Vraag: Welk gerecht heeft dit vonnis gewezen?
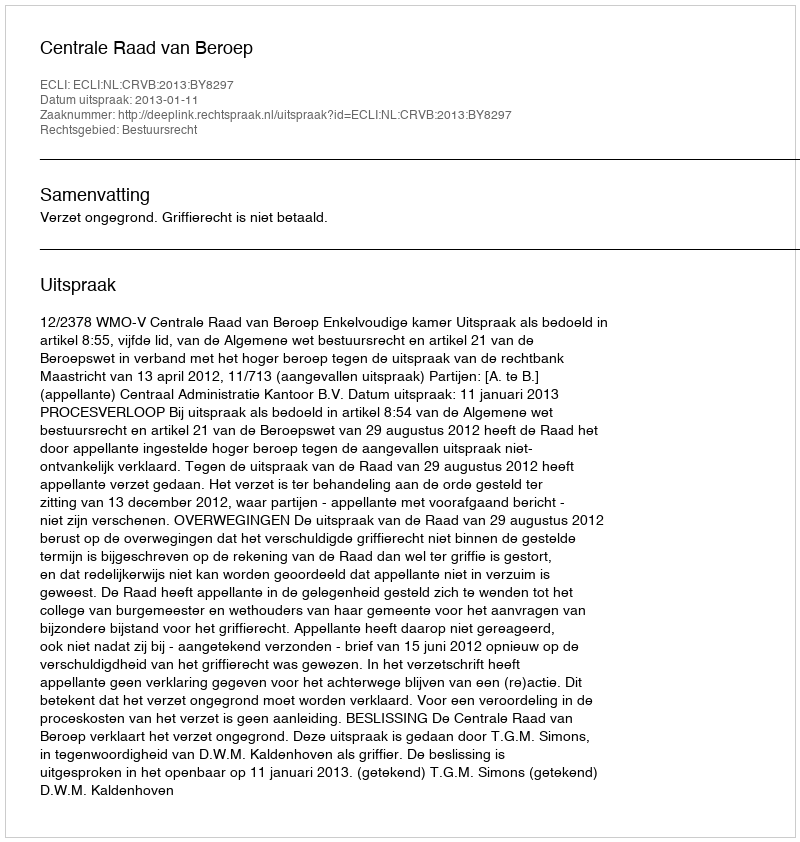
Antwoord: Centrale Raad van Beroep